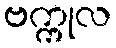
ဗက္ကုလ